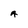
Character: A